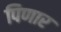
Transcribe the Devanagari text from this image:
पिणार